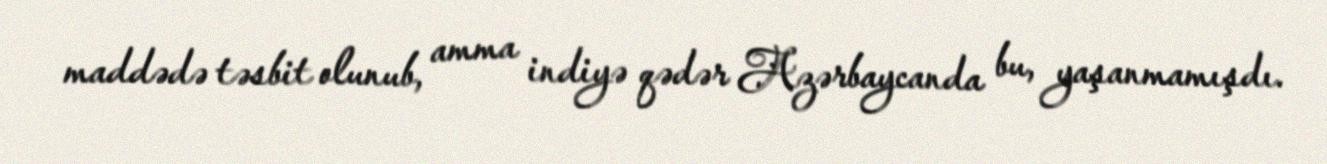
maddədə təsbit olunub, amma indiyə qədər Azərbaycanda bu, yaşanmamışdı.